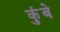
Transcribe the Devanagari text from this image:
कुंबे